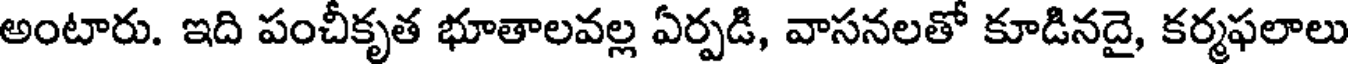
అంటారు. ఇది పంచీకృత భూతాలవల్ల ఏర్పడి, వాసనలతో కూడినదై, కర్మఫలాలు